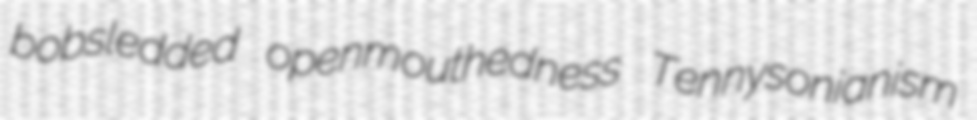
bobsledded openmouthedness Tennysonianism